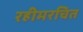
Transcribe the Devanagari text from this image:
रहीमरचित